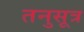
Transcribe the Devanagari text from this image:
तनुसूत्र